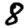
Digit: 8